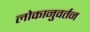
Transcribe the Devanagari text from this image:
लोकानुवर्तन